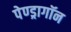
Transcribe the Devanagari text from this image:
पेण्ड्रागॉन